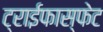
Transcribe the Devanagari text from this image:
ट्राईफास्फेट